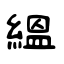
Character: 緼